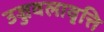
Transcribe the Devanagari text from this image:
उज्जवलावृत्ति